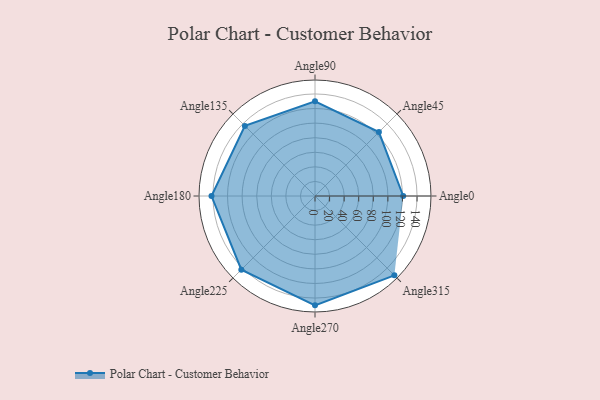
{"axis": {"x": "Angle", "y": "Radius"}, "legend": [""], "data": [{"x": "Angle0", "y": 121.0, "type": ""}, {"x": "Angle45", "y": 124.0, "type": ""}, {"x": "Angle90", "y": 130.0, "type": ""}, {"x": "Angle135", "y": 136.0, "type": ""}, {"x": "Angle180", "y": 142.0, "type": ""}, {"x": "Angle225", "y": 143.0, "type": ""}, {"x": "Angle270", "y": 150.0, "type": ""}, {"x": "Angle315", "y": 154.0, "type": ""}]}